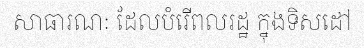
សាធារណៈ ដែលបំរើពលរដ្ឋ ក្នុងទិសដៅ